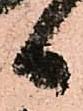
日